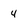
Character: 4